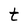
Character: t